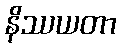
နိဿယတာ